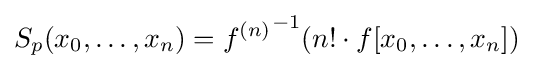
S_{p}(x_{0},\dots ,x_{n})={f^{(n)}}^{-1}(n!\cdot f[x_{0},\dots ,x_{n}])